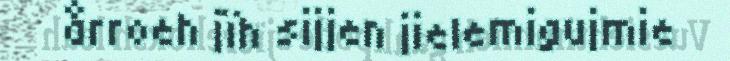
årroeh jïh sijjen jielemigujmie